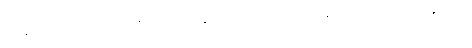
ရုပ်နာမ်ရှိသော ပုဂ္ဂိုလ်၏။ ဝိပဿနာပရိဝါသေ၊ ဝိပဿနာကို ကျင့်သုံးရာအခါ၌။